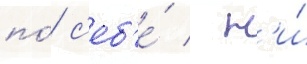
по́ с'еб'е́ / н'и́